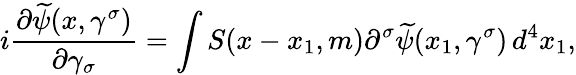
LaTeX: i\frac{\partial\widetilde{\psi}(x,\gamma^{\sigma})}{\partial\gamma_{\sigma}}=\int S(x-x_{1},m)\partial^{\sigma}\widetilde{\psi}(x_{1},\gamma^{\sigma})\, d^{4}x_{1},